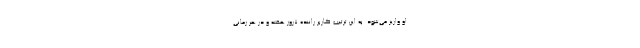
او واریز می‌شود. به این ترتیب کاربر راننده ۷روز هفته و در هر زمانی